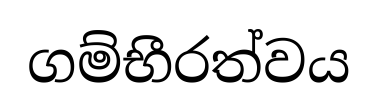
ගම්භීරත්වය